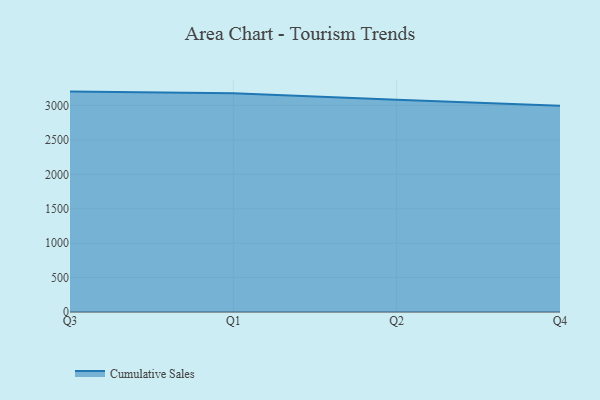
{"axis": {"x": "Quarter", "y": "Headcount"}, "legend": ["Cumulative Sales"], "data": [{"x": "Q3", "y": 3202.3, "type": "Cumulative Sales"}, {"x": "Q1", "y": 3177.1, "type": "Cumulative Sales"}, {"x": "Q2", "y": 3083.9, "type": "Cumulative Sales"}, {"x": "Q4", "y": 2996.4, "type": "Cumulative Sales"}]}